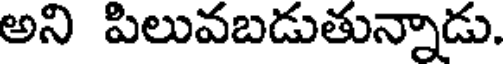
అని పిలువబడుతున్నాడు.